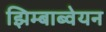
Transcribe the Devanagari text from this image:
झिम्बाब्वेयन